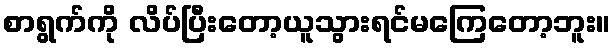
စာရွက်ကို လိပ်ပြီးတော့ယူသွားရင်မကြေတော့ဘူး။